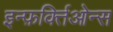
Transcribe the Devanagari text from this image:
इन्फ़र्क्तिओन्स